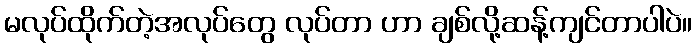
မလုပ်ထိုက်တဲ့အလုပ်တွေ လုပ်တာ ဟာ ချစ်လို့ဆန့်ကျင်တာပါပဲ။